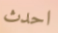
احدث